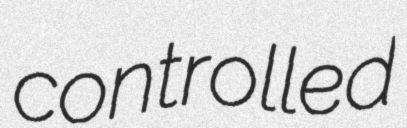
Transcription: controlled